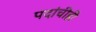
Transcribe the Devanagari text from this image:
पदांचीही